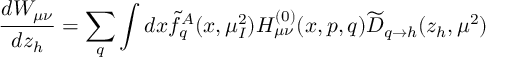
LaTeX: \frac { d W _ { \mu \nu } } { d z _ { h } } = \sum _ { q } \int d x \widetilde { f } _ { q } ^ { A } ( x , \mu _ { I } ^ { 2 } ) H _ { \mu \nu } ^ { ( 0 ) } ( x , p , q ) \widetilde { D } _ { q \rightarrow h } ( z _ { h } , \mu ^ { 2 } )